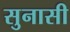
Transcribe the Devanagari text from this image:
सुनासी